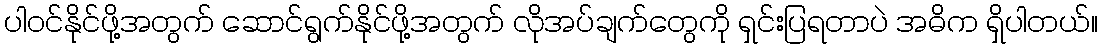
ပါဝင်နိုင်ဖို့အတွက် ဆောင်ရွက်နိုင်ဖို့အတွက် လိုအပ်ချက်တွေကို ရှင်းပြရတာပဲ အဓိက ရှိပါတယ်။